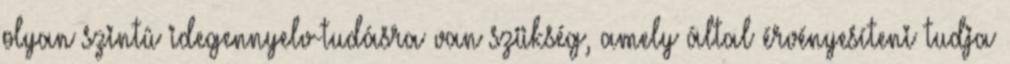
olyan szintû idegennyelv-tudásra van szükség, amely által érvényesíteni tudja